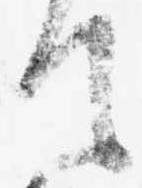
て